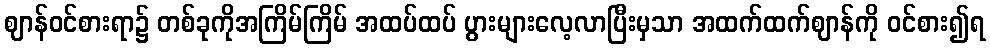
ဈာန်ဝင်စားရာ၌ တစ်ခုကိုအကြိမ်ကြိမ် အထပ်ထပ် ပွားများလေ့လာပြီးမှသာ အထက်ထက်ဈာန်ကို ဝင်စား၍ရ